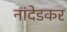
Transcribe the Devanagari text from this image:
नांदेडकर